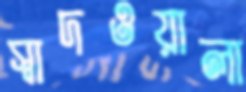
স্বাদওয়ালা